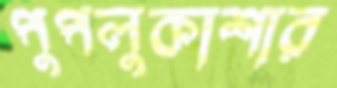
পুপলুকাশার